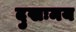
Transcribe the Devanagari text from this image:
दुखःमय